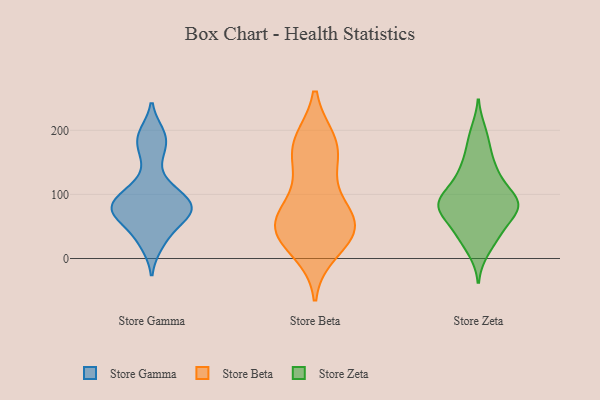
{"axis": {"x": "Active Users", "y": "Value"}, "legend": ["Store Beta", "Store Gamma", "Store Zeta"], "data": [{"x": "", "y": 74, "type": "Store Gamma"}, {"x": "", "y": 101, "type": "Store Gamma"}, {"x": "", "y": 194, "type": "Store Gamma"}, {"x": "", "y": 74, "type": "Store Gamma"}, {"x": "", "y": 94, "type": "Store Gamma"}, {"x": "", "y": 161, "type": "Store Gamma"}, {"x": "", "y": 22, "type": "Store Gamma"}, {"x": "", "y": 187, "type": "Store Gamma"}, {"x": "", "y": 70, "type": "Store Gamma"}, {"x": "", "y": 110, "type": "Store Gamma"}, {"x": "", "y": 76, "type": "Store Gamma"}, {"x": "", "y": 72, "type": "Store Gamma"}, {"x": "", "y": 40, "type": "Store Gamma"}, {"x": "", "y": 72, "type": "Store Beta"}, {"x": "", "y": 175, "type": "Store Beta"}, {"x": "", "y": 156, "type": "Store Beta"}, {"x": "", "y": 38, "type": "Store Beta"}, {"x": "", "y": 13, "type": "Store Beta"}, {"x": "", "y": 50, "type": "Store Beta"}, {"x": "", "y": 35, "type": "Store Beta"}, {"x": "", "y": 56, "type": "Store Beta"}, {"x": "", "y": 61, "type": "Store Beta"}, {"x": "", "y": 115, "type": "Store Beta"}, {"x": "", "y": 49, "type": "Store Beta"}, {"x": "", "y": 182, "type": "Store Beta"}, {"x": "", "y": 179, "type": "Store Beta"}, {"x": "", "y": 81, "type": "Store Zeta"}, {"x": "", "y": 137, "type": "Store Zeta"}, {"x": "", "y": 93, "type": "Store Zeta"}, {"x": "", "y": 145, "type": "Store Zeta"}, {"x": "", "y": 36, "type": "Store Zeta"}, {"x": "", "y": 174, "type": "Store Zeta"}, {"x": "", "y": 85, "type": "Store Zeta"}, {"x": "", "y": 77, "type": "Store Zeta"}, {"x": "", "y": 106, "type": "Store Zeta"}, {"x": "", "y": 84, "type": "Store Zeta"}, {"x": "", "y": 82, "type": "Store Zeta"}, {"x": "", "y": 12, "type": "Store Zeta"}, {"x": "", "y": 42, "type": "Store Zeta"}, {"x": "", "y": 77, "type": "Store Zeta"}, {"x": "", "y": 121, "type": "Store Zeta"}, {"x": "", "y": 198, "type": "Store Zeta"}, {"x": "", "y": 45, "type": "Store Zeta"}]}